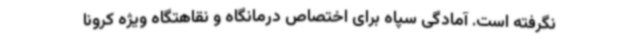
نگرفته است. آمادگی سپاه برای اختصاص درمانگاه و نقاهتگاه ویژه کرونا